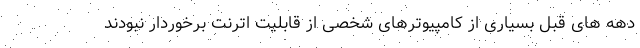
دهه های قبل بسیاری از کامپیوترهای شخصی از قابلیت اترنت برخوردار نبودند